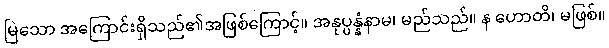
မြဲသော အကြောင်းရှိသည်၏အဖြစ်ကြောင့်။ အနုပ္ပန္နံနာမ၊ မည်သည်။ န ဟောတိ၊ မဖြစ်။